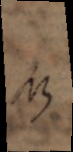
NB